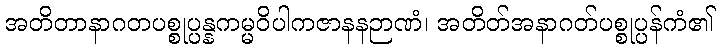
အတိတာနာဂတပစ္စုပ္ပန္နကမ္မဝိပါကဇာနနဉာဏံ၊ အတိတ်အနာဂတ်ပစ္စုပ္ပန်ကံ၏